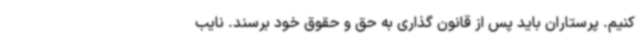
‌کنیم. پرستاران باید پس از قانون گذاری به حق و حقوق خود برسند. نایب